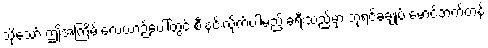
သို့သော် ဤအကြိမ် လေယာဉ်ပေါ်တွင် စီးနင်းလိုက်ပါမည့် ခရီးသည်မှာ ဘုရင်ခံချုပ် မောင့်ဘက်တန်